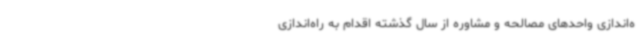
ه‌اندازی واحدهای مصالحه و مشاوره از سال گذشته اقدام به راه‌اندازی